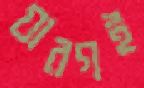
যারগই